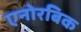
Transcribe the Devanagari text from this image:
एनोरबिक